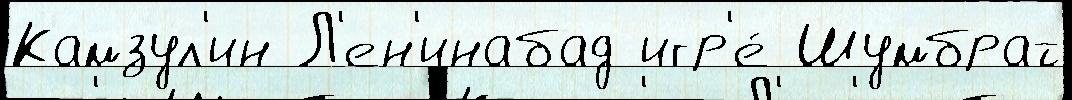
Камзул'ин Л'ен'инабад игр'е́ Шумбрат